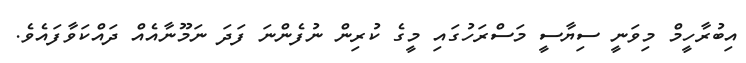
އިބުރާހީމް މިވަނީ ސިޔާސީ މަސްރަހުގައި މީގެ ކުރިން ނުފެންނަ ފަދަ ނަމޫނާއެއް ދައްކަވާފައެވެ.